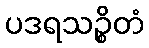
ပဒရသဉ္စိတံ